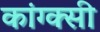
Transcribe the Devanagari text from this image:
कांग्क्सी